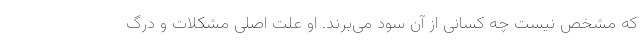
که مشخص نیست چه کسانی از آن سود می‌برند. او علت اصلی مشکلات و درگ